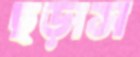
ছড়াস